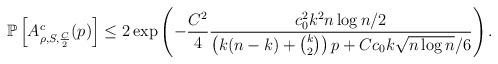
LaTeX: \begin{align*} \mathbb{P}\left[A^c_{\rho,S, \frac{C}{2}}(p)\right] \leq 2\exp\left( -\frac{C^2}{4}\frac{c_0^2k^2n \log n/2}{\left(k(n-k)+\binom{k}{2}\right)p+Cc_0k \sqrt{n \log n}/6} \right). \end{align*}